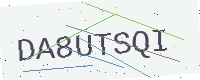
Text: DA8UTSQI